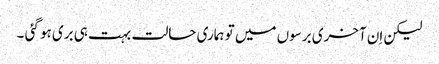
لیکن اِن آخری برسوں میں تو ہماری حالت بہت ہی بری ہو گئی ۔